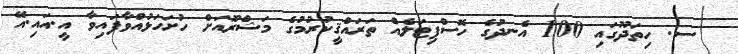
_ ސ. ހިތަދޫގައި 100 އެނދުގެ ހޮސްޕިޓަލެއް ތަރައްޤީކުރުމުގެ މަޝްރޫެއަށް ހުށަހަޅުއްވާފައިވާ އީ.އައި.އޭ